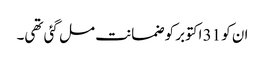
ان کو 31 اکتوبر کو ضمانت مل گئی تھی۔